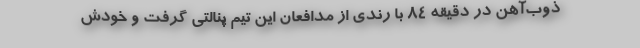
ذوب‌آهن در دقیقه 84 با رندی از مدافعان این تیم پنالتی گرفت و خودش